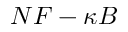
N F - \kappa B